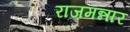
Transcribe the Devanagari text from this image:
राजमन्नार